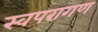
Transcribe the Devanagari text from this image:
स्वपरागण